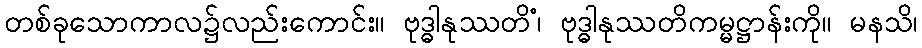
တစ်ခုသောကာလ၌လည်းကောင်း။ ဗုဒ္ဓါနုဿတိံ၊ ဗုဒ္ဓါနုဿတိကမ္မဋ္ဌာန်းကို။ မနသိ၊